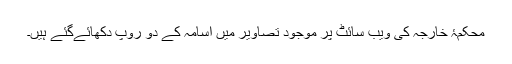
محکمۂ خارجہ کی ویب سائٹ پر موجود تصاویر میں اسامہ کے دو روپ دکھائےگئے ہیں۔